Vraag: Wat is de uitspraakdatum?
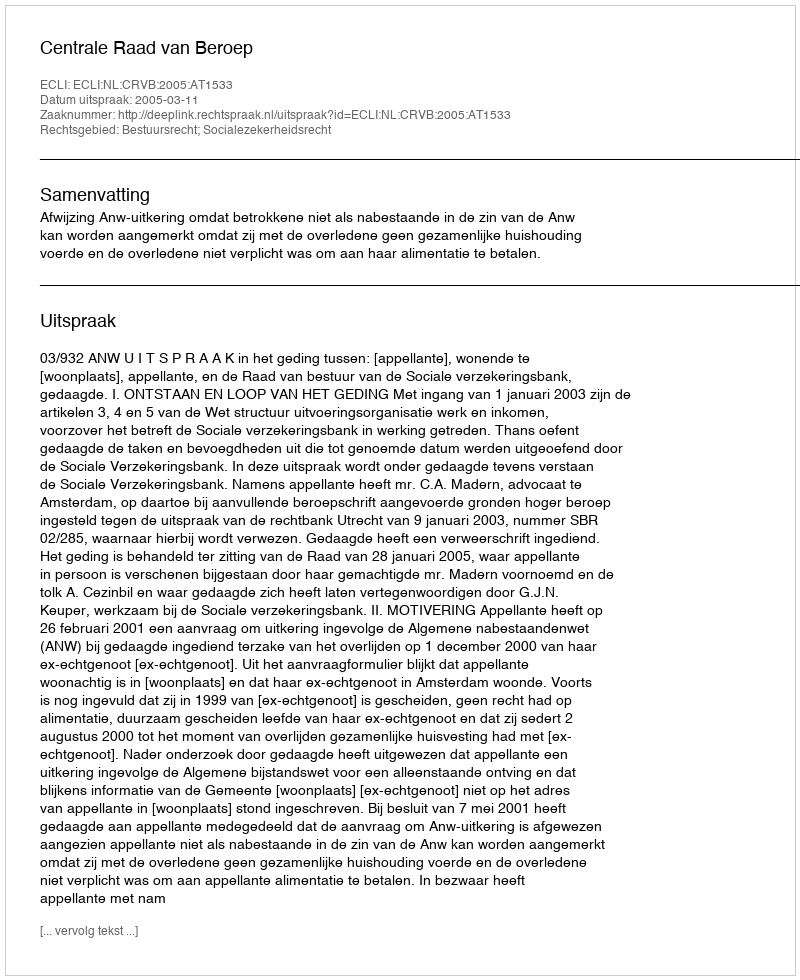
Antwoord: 2005-03-11